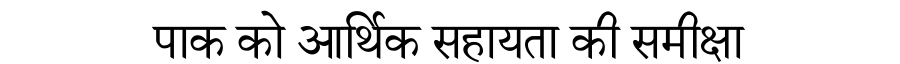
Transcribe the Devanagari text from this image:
पाक को आर्थिक सहायता की समीक्षा